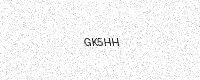
Text: GK5HH